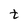
Character: t